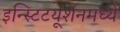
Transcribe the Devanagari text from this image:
इन्स्टिटयूशनमध्ये